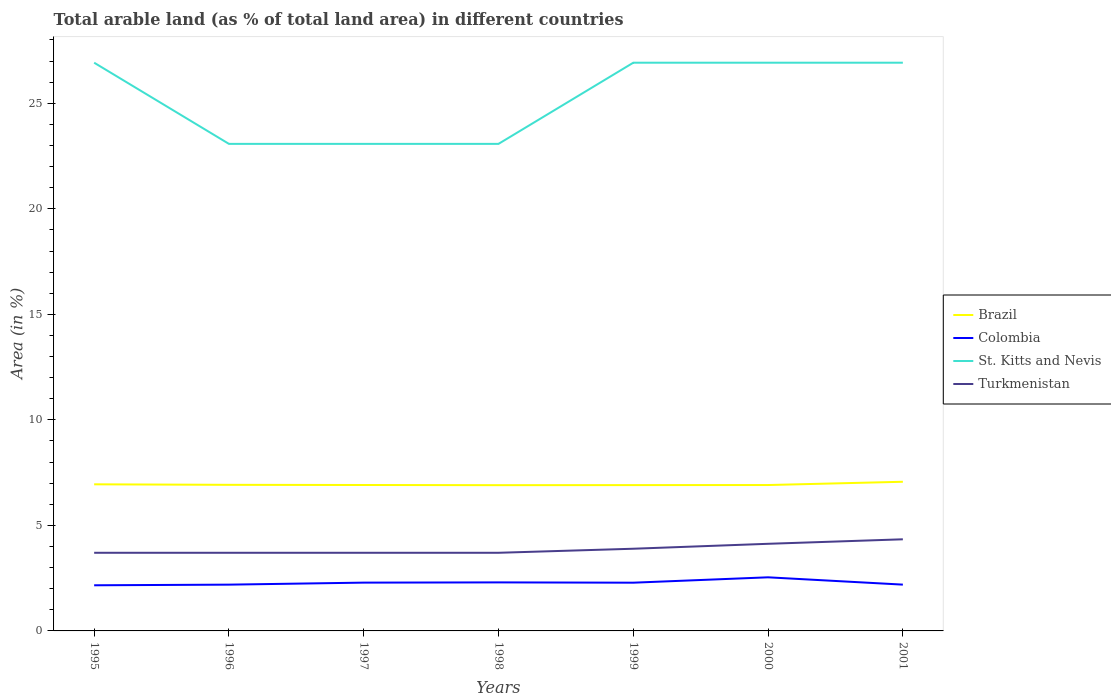
| Years | Brazil | Colombia | St. Kitts and Nevis | Turkmenistan |
 | --- | --- | --- | --- | --- |
 | 1995 | 6.95 | 2.16 | 26.9 | 3.7 |
 | 1996 | 6.92 | 2.19 | 23.1 | 3.7 |
 | 1997 | 6.91 | 2.29 | 23.1 | 3.7 |
 | 1998 | 6.91 | 2.3 | 23.1 | 3.7 |
 | 1999 | 6.91 | 2.29 | 26.9 | 3.89 |
 | 2000 | 6.91 | 2.54 | 26.9 | 4.13 |
 | 2001 | 7.07 | 2.19 | 26.9 | 4.34 |